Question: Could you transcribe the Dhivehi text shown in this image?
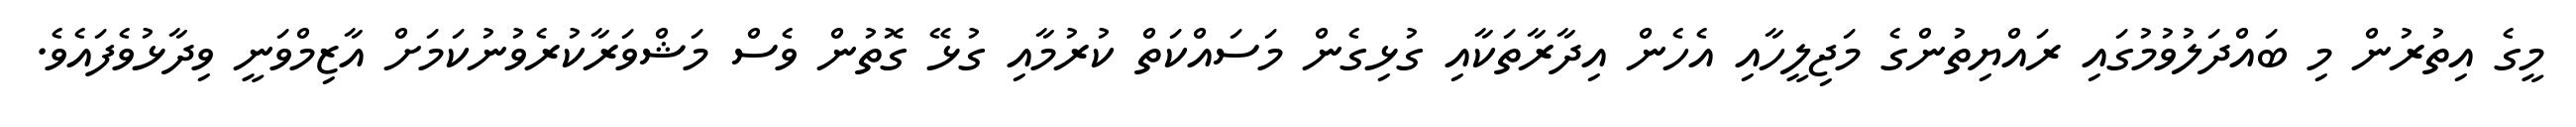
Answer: މީގެ އިތުރުން މި ބައްދަލުވުމުގައި ރައްޔިތުންގެ މަޖިލީހާއި އެހެން އިދާރާތަކާއި ގުޅިގެން މަސައްކަތް ކުރުމާއި ގުޅޭ ގޮތުން ވެސް މަޝްވަރާކުރެވުނުކަމަށް އާޒިމްވަނީ ވިދާޅުވެފައެވެ.